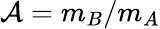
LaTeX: \mathcal{A}=m_{B}/m_{A}